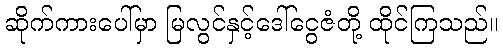
ဆိုက်ကားပေါ်မှာ မြလွင်နှင့်ဒေါ်ငွေဇံတို့ ထိုင်ကြသည်။